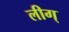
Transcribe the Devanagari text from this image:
लीग्